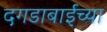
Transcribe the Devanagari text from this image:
दगडाबाईच्या